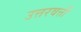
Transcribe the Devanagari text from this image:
उत्तरवर्त्ती